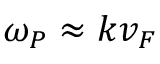
\omega _ { P } \approx k v _ { F }